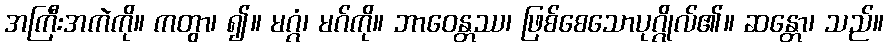
အကြီးအကဲကို။ ကတွာ၊ ၍။ မဂ္ဂံ၊ မဂ်ကို။ ဘာဝေန္တဿ၊ ဖြစ်စေသောပုဂ္ဂိုလ်၏။ ဆန္တော၊ သည်။